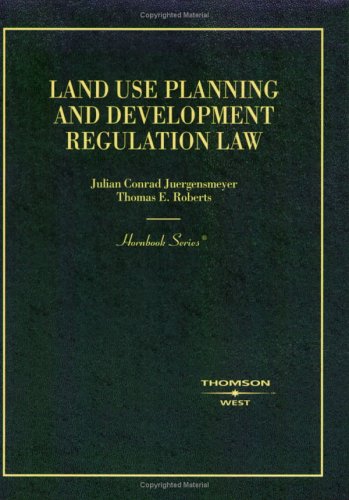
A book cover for Land Use Planning and Development Regulation Law (Hornbook); Julian Conrad Juergensmeyer; Law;